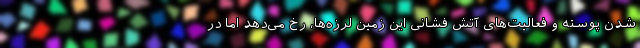
شدن پوسته و فعالیت‌های آتش فشانی این زمین لرزه‌ها، رخ می‌دهد اما در